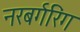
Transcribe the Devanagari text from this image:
नरबर्गरिंग